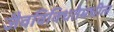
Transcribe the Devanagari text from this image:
जैवविविधतेमधील